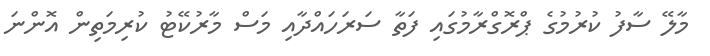
މާލޭ ސާފު ކުރުމުގެ ޕްރޮގްރާމުގައި ފަތާ ސަރަހައްދާއި މަސް މާރުކޭޓު ކުރިމަތިން އޮންނަ